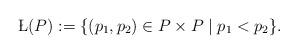
LaTeX: \begin{align*}\L(P):=\{(p_1, p_2)\in P\times P\mid p_1<p_2\}. \end{align*}